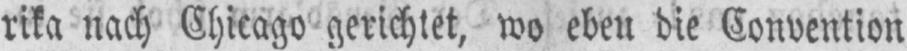
rika nach Chicago gerichtet, wo eben die Convention